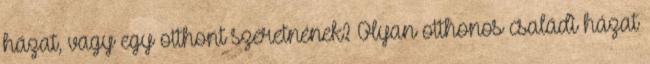
házat, vagy egy otthont szeretnének? Olyan otthonos családi házat